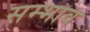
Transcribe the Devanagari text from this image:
सम्भाव